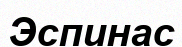
Эспинас